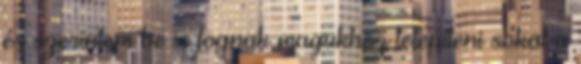
és szerintem be is fognak magukhoz telepíteni sokat a